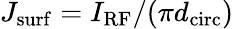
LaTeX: J_{\mathrm{surf}}=I_{\mathrm{RF}}/(\pi d_{\mathrm{circ}})